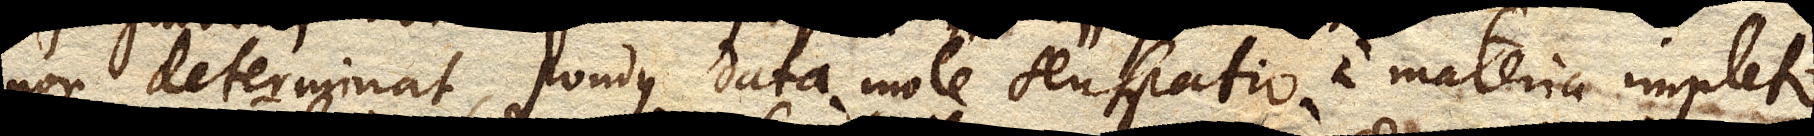
non determinat pondus data mole seu spatio quod implet a materia impleto;